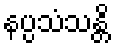
နပ္ပသံသန္တိ